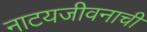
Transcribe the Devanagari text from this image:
नाटयजीवनाची